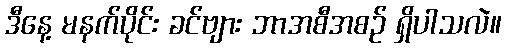
ဒီနေ့ မနက်ပိုင်း ခင်ဗျား ဘာအစီအစဉ် ရှိပါသလဲ။